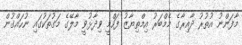
މާފަންނު އުތުރު ދާއިރާގެ މެމްބަރު އިމްތިޔާޒު ފަހްމީ ވިދާޅުވީ މާލޭގެ މަގުތަކުގައި ނުހައްގުން